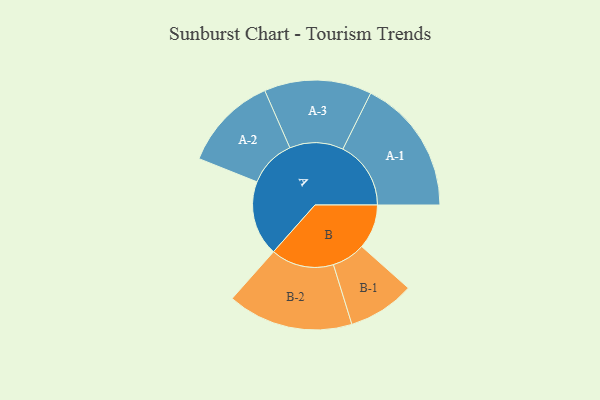
{"axis": {"x": "Segment", "y": "Value"}, "legend": ["", "A", "B"], "data": [{"x": "A", "y": 295, "type": ""}, {"x": "B", "y": 175, "type": ""}, {"x": "A-1", "y": 267, "type": "A"}, {"x": "A-2", "y": 187, "type": "A"}, {"x": "A-3", "y": 211, "type": "A"}, {"x": "B-1", "y": 131, "type": "B"}, {"x": "B-2", "y": 247, "type": "B"}]}